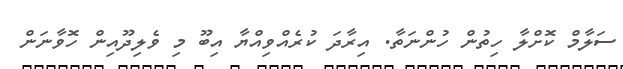
ސަލާމް ކޮށްލާ ހިތުން ހުންނަތާ. އިރާދަ ކުރެއްވިއްޔާ އިބޫ މި ވެލިދޫއިން ހޮވާނަން